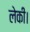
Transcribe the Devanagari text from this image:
लेकी।